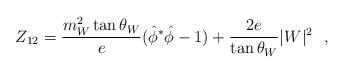
LaTeX: \begin{align*}Z_{12}=\frac{m^2_W \tan \theta_W}{e}({\hat \phi}^* \hat \phi-1)+\frac{2e}{\tan \theta_W} |W|^2~~,\end{align*}